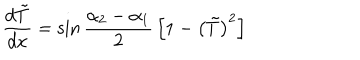
LaTeX: { \frac { d \tilde { T } } { d x } } = \sin { \frac { \alpha _ { 2 } - \alpha _ { 1 } } { 2 } } \left[ 1 - \left( \tilde { T } \right) ^ { 2 } \right]